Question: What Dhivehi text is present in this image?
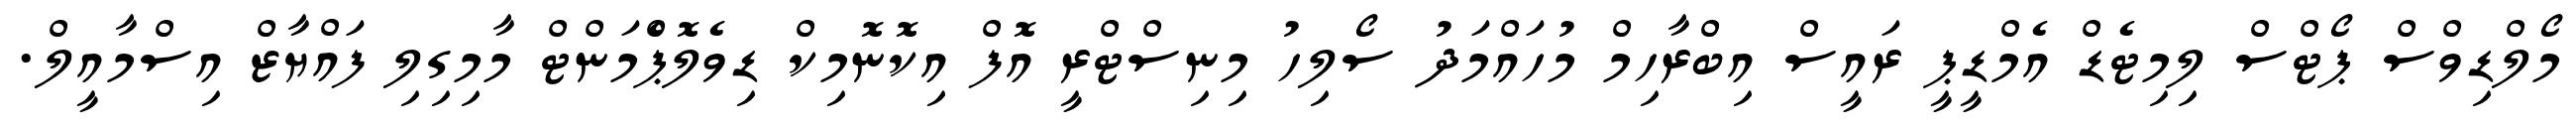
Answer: މޯލްޑިވްސް ޕޯޓްސް ލިމިޓެޑް އެމްޑީޕީ ރައީސް އިބްރާހިމް މުހައްމަދު ސޯލިހު މިނިސްޓްރީ އޮފް އިކޮނޮމިކް ޑިވެލޮޕްެމަންޓް މާމިގިލި ފައްޔާޒް އިސްމާއީލް.